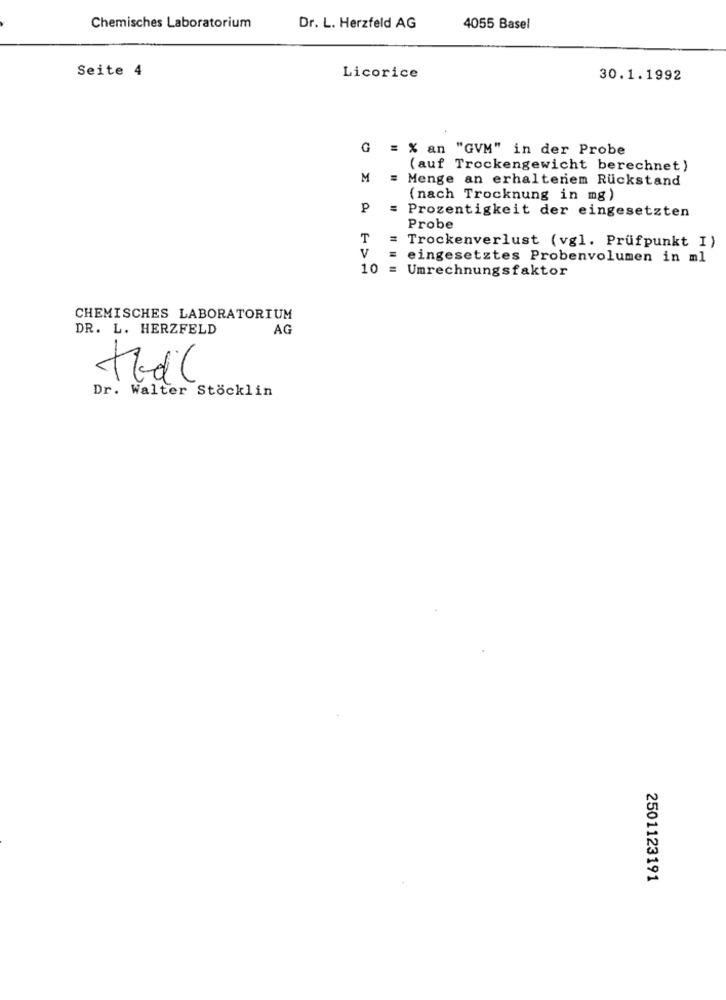
Chemisches Laboratorium
Dr. L. Herzfeld AG
4055 Basel
Seite 4
Licorice
30.1.1992
G = % an "GVM" in der Probe
(auf Trockengewicht berechnet )
M
= Menge an erhaltenem Rückstand
(nach Trocknung in mg)
P
= Prozentigkeit der eingesetzten
Probe
T
V
= Trockenverlust (vgl. Prüfpunkt I)
eingesetztes Probenvolumen in ml
10 = Umrechnungsfaktor
CHEMISCHES LABORATORIUM
DR. L. HERZFELD
AG
tadil
Dr. Walter Stöcklin
2501123191